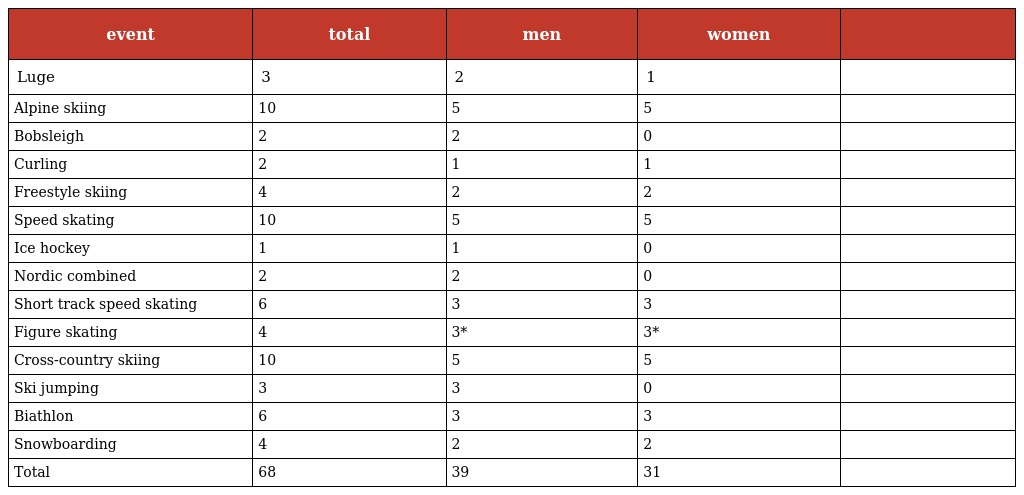
| event | total | men | women |  |
 | --- | --- | --- | --- | --- |
 | Luge | 3 | 2 | 1 |  |
 | Alpine skiing | 10 | 5 | 5 |  |
 | Bobsleigh | 2 | 2 | 0 |  |
 | Curling | 2 | 1 | 1 |  |
 | Freestyle skiing | 4 | 2 | 2 |  |
 | Speed skating | 10 | 5 | 5 |  |
 | Ice hockey | 1 | 1 | 0 |  |
 | Nordic combined | 2 | 2 | 0 |  |
 | Short track speed skating | 6 | 3 | 3 |  |
 | Figure skating | 4 | 3* | 3* |  |
 | Cross-country skiing | 10 | 5 | 5 |  |
 | Ski jumping | 3 | 3 | 0 |  |
 | Biathlon | 6 | 3 | 3 |  |
 | Snowboarding | 4 | 2 | 2 |  |
 | Total | 68 | 39 | 31 |  |